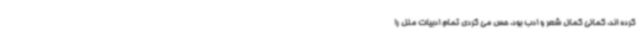
کرده اند. کمالی کمال شعر و ادب بود. حس می کردی تمام ادبیات ملل را